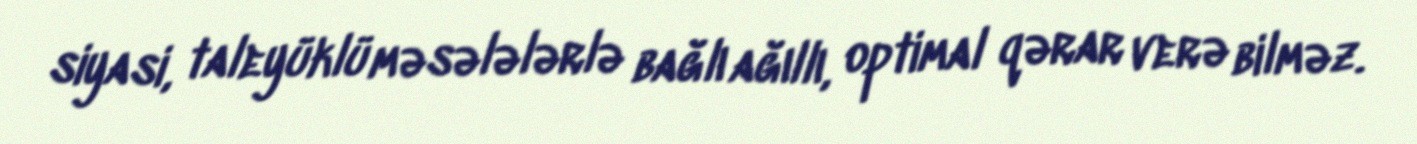
siyasi, taleyüklü məsələlərlə bağlı ağıllı, optimal qərar verə bilməz.